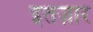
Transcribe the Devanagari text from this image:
इतज़ार